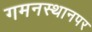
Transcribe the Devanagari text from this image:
गमनस्थानपर